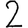
Digit: 2